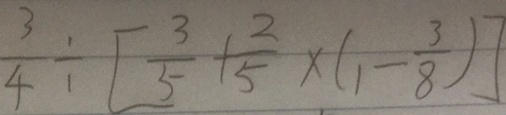
\frac { 3 } { 4 } \div [ \frac { 3 } { 5 } + \frac { 2 } { 5 } \times ( 1 - \frac { 3 } { 8 } ) ]